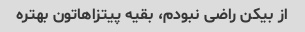
از بیکن راضی نبودم، بقیه پیتزاهاتون بهتره